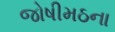
જોષીમઠના